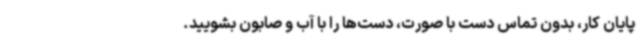
پایان کار، بدون تماس دست با صورت، دست‌ها را با آب و صابون بشویید.